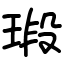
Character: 瑖